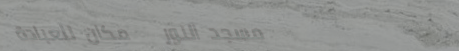
مسجد النور   مكان للعبادة